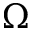
\Omega